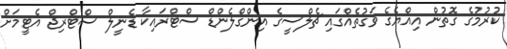
ކުރުމުގެ ގޮތުން އިއްޔެގެ ވަގުތެއްގައި ޗެލްސީގެ އިންގްލެންޑް ސްޓްރައިކާ ޑެނީލް ސްޓްރިޖް އެޓީމަށް